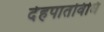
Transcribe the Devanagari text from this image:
देहपातविधि